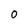
Character: O